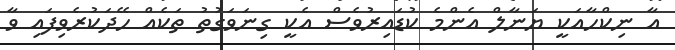
އާ ނިކްހާއަކީ ޔަނާލް އެންމެ ކުޑައިރުވެސް އެކީ ގިނަވަގުތު ތަކެއް ހޭދަކުރެވިފައި ވާ